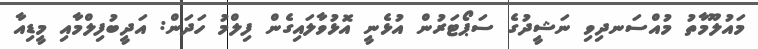
މައުލޫމާތު މުއްސަނދިވި ނަޝީދުގެ ސަޕޯޓަރުން އުޅެނީ އޮޅުވާލައިގެން ފިލްމު ހަދަން: އަދީބުފިލްމާއި މީޑިއާ